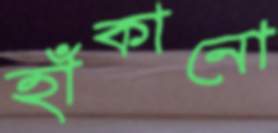
হাঁকানো